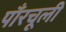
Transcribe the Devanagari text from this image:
पाँरचूली